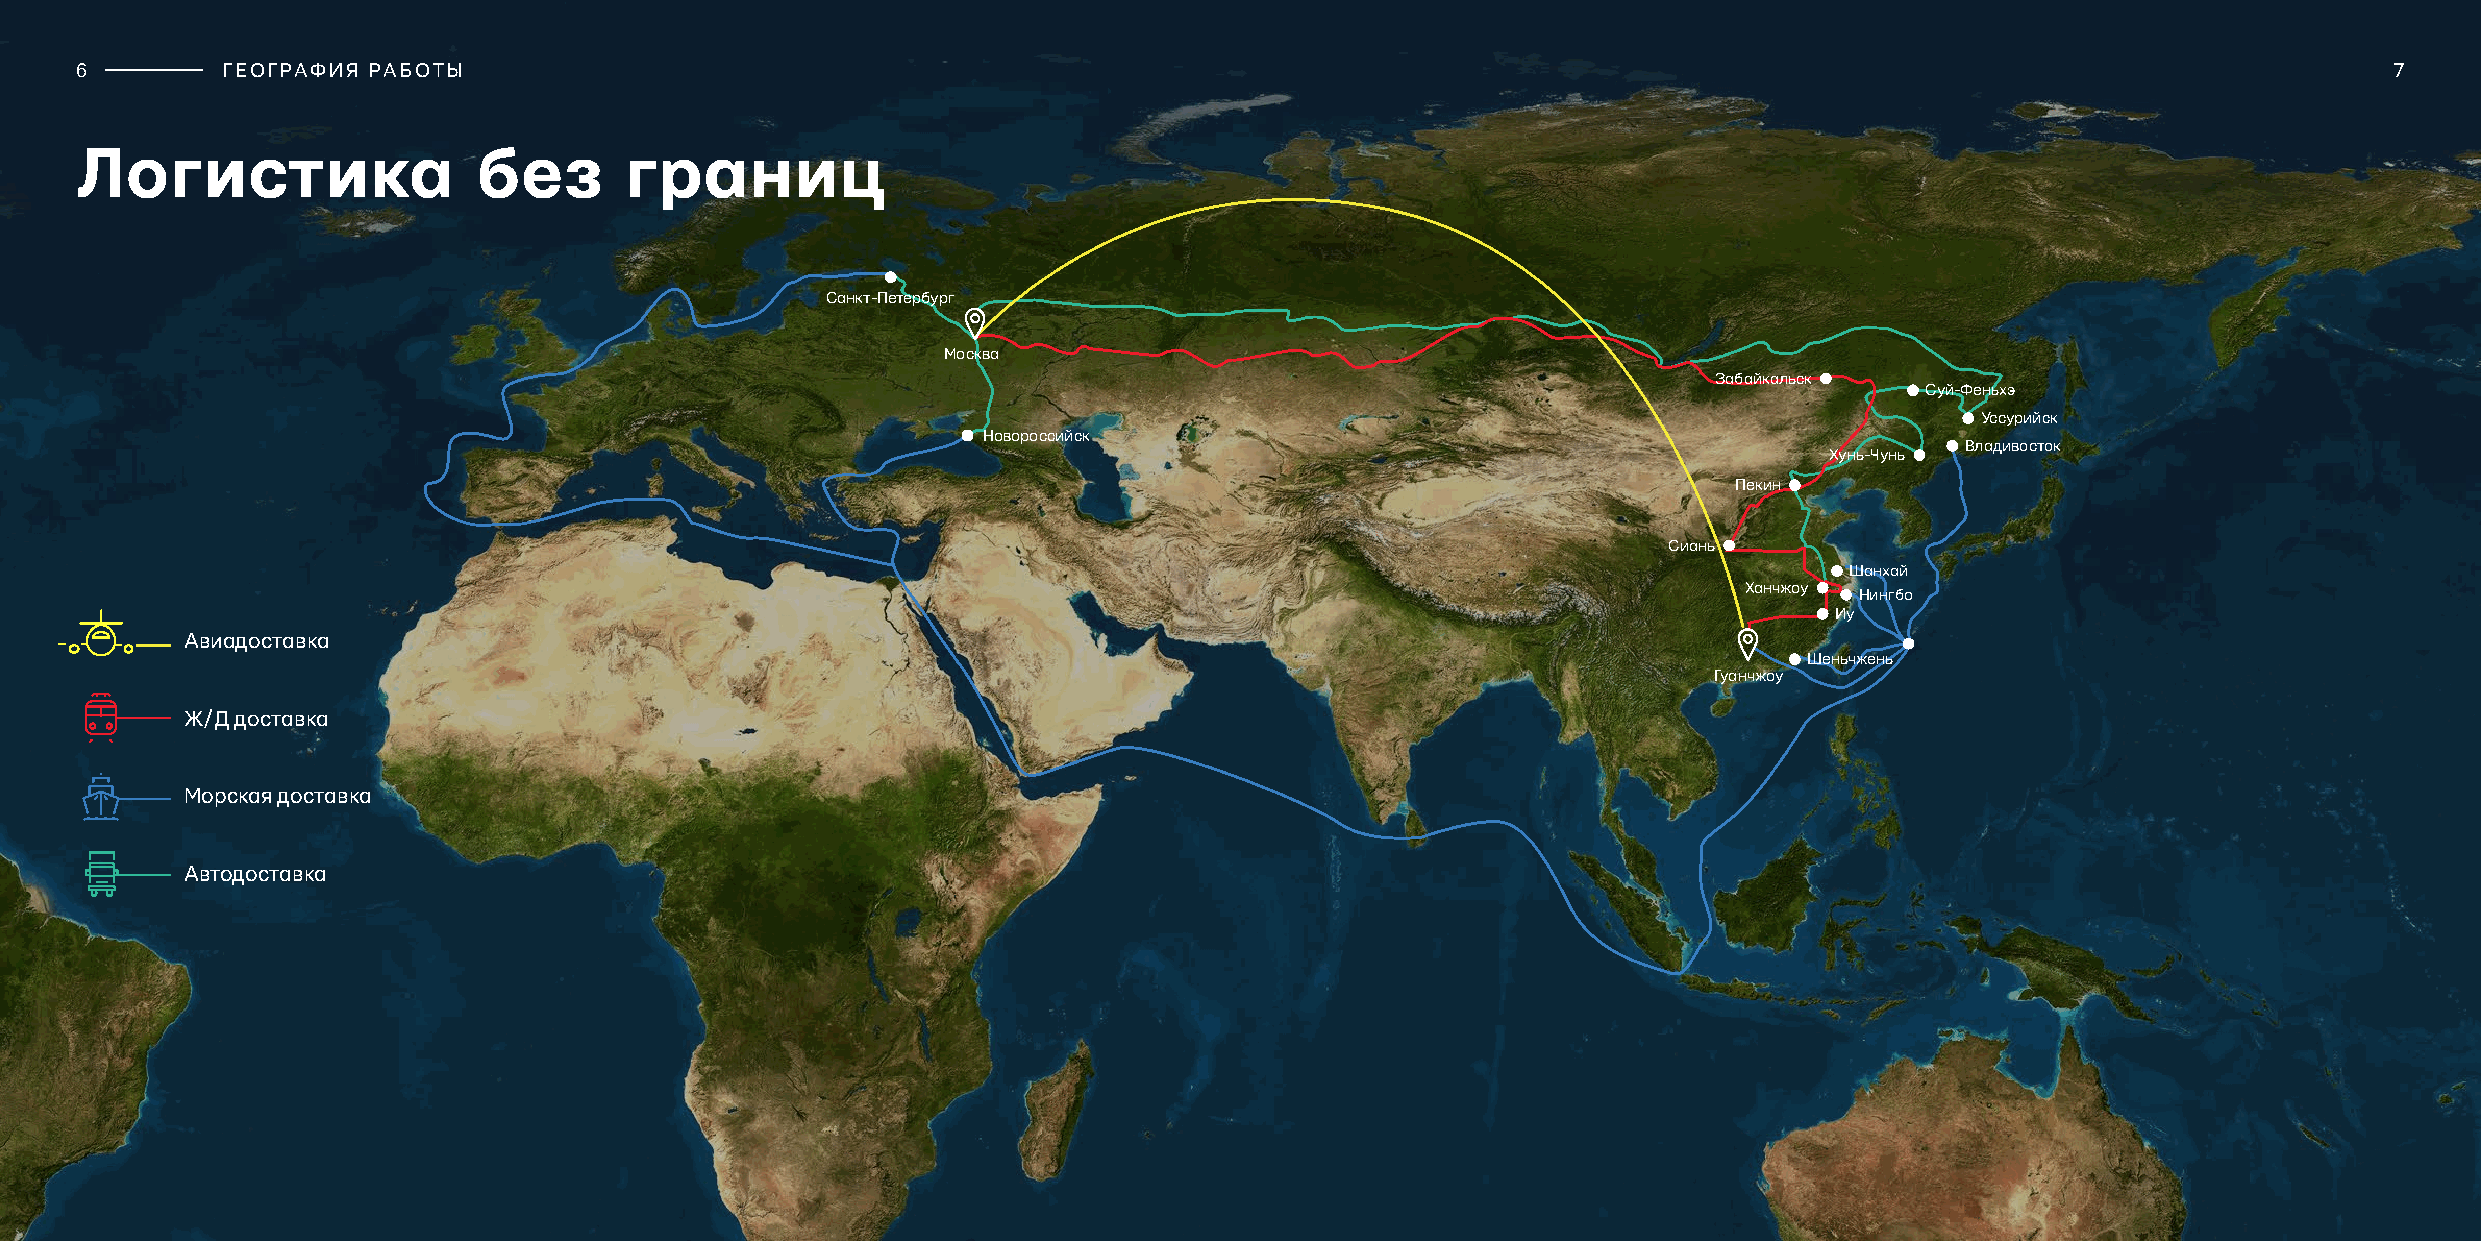
6         ГЕОГРАФИЯ РАБОТЫ                                                                                                                               7
 Логистика                 без       границ
 Санкт-Петербург
 Москва
 Забайкальск
 Суй-Феньхэ
 Уссурийск
 Новороссийск
 Владивосток
 Хунь-Чунь
 Пекин
 Сиань
 Шанхай
 Ханчжоу
 Нингбо
 Иу
 Авиадоставка
 Шеньчжень
 Гуанчжоу
 Ж/Д доставка
 Морская доставка
 Автодоставка